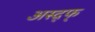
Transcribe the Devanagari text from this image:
अस्द्फ्